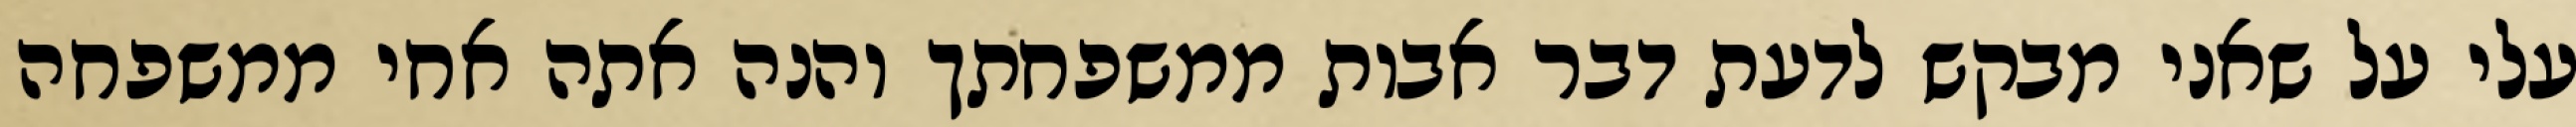
עלי על שאני מבקש לדעת דבר אבות ממשפחתך והנה אתה אחי ממשפחה